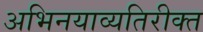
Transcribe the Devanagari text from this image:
अभिनयाव्यतिरीक्त